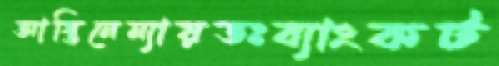
আস্তিনেন্যায়তঃব্যাংকট